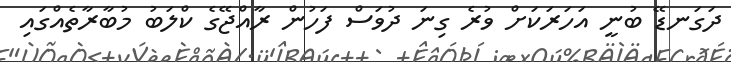
ދަގަނޑޭ ބުނީ އަހަރަކަށް ވުރެ ގިނަ ދުވަސް ފަހުން ރާއްޖޭގެ ކްލަބު މުބާރާތެއްގައި